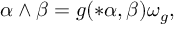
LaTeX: \alpha \wedge \beta = g ( * \alpha , \beta ) \omega _ { g } ,